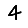
Digit: 4